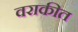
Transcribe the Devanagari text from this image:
वराकीत